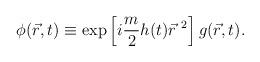
LaTeX: \begin{align*}\phi (\vec r, t) \equiv \exp \left[ i \frac{m}{2} h(t) {\vec r}^{\ 2} \right] g (\vec r, t).\end{align*}